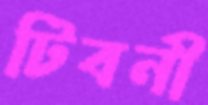
টিবনী